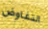
التفاوض